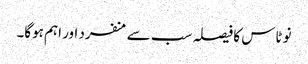
نو ٹاس کا فیصلہ سب سے منفرد اور اہم ہوگا۔